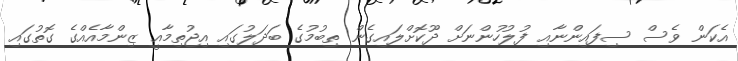
އެކަން ވެސް ސިފައިންނާއި ފުލުހުންނަށް ދޫކޮށްލައިގެން ތިބުމުގެ ބަދަލުގައި އިޖުތިމާއީ ޒިންމާއެއްގެ ގޮތުގައި